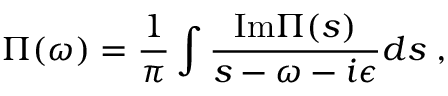
\Pi ( \omega ) = { \frac { 1 } { \pi } } \int { \frac { \mathrm { I m } \Pi ( s ) } { s - \omega - i \epsilon } } d s \; ,